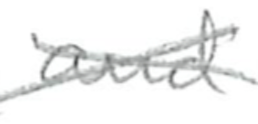
Text: and
Cross-out: cross
Writing tool: pencil